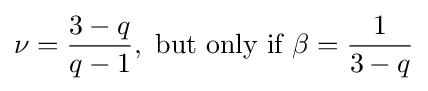
\nu ={\frac {3-q}{q-1}},{\text{ but only if }}\beta ={\frac {1}{3-q}}